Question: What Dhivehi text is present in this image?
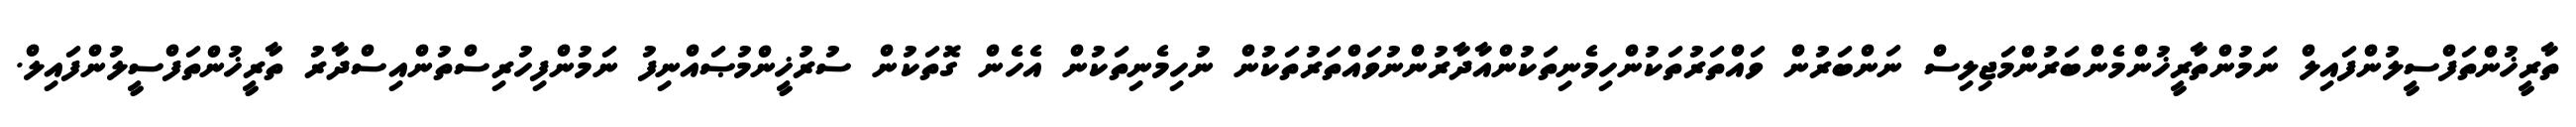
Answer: ތާރީޚުންތަފްސީލުންފައިލް ނަމުންތާރީޚުންމެންބަރުންމަޖިލިސް ނަންބަރުން ވައްތަރުތަކުންހިމެނިތަކުންއާދާރުންނުވައްތަރުތަކުން ނުހިމެނިތަކުން އެހެން ގޮތަކުން ސުރުޚީންމުޞައްނިފު ނަމުންފިހުރިސްތުންއިސްދާރު ތާރީޚުންތަފްސީލުންފައިލް.